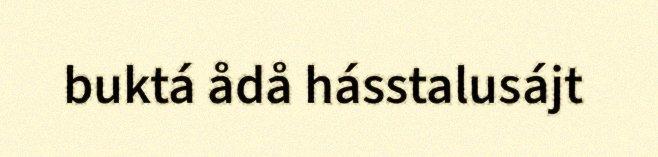
buktá ådå hásstalusájt